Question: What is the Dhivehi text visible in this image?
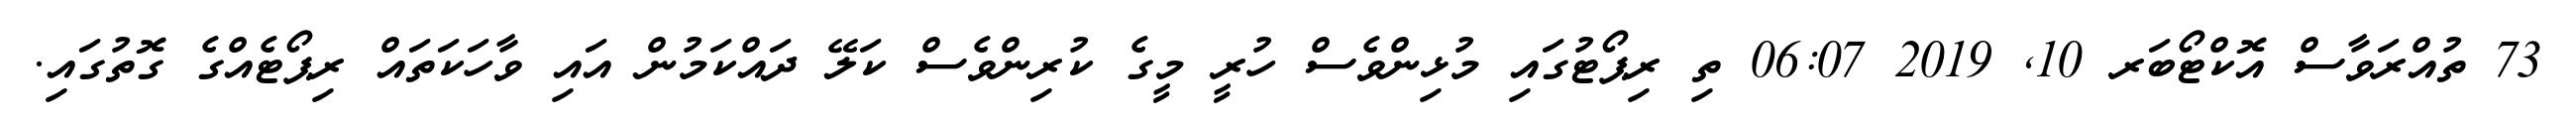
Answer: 73 ތުއްރަވާސް އޮކްޓޯބަރ 10, 2019 06:07 ތި ރިޕޯޓުގައި މުޅިންވެސް ހުރީ މީގެ ކުރިންވެސް ކަލޭ ދައްކަމުން އައި ވާހަކަތައް ރިޕޯޓެއްގެ ގޮތުގައި.